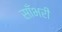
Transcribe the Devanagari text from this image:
साँभरी